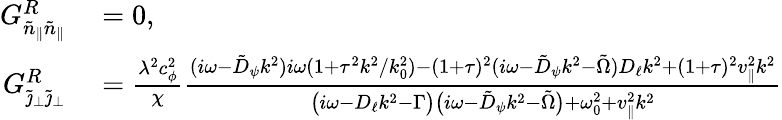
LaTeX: \begin{array}{rl}{G_{\tilde{n}_{\| }\tilde{n}_{\| }}^{R}}&{{}=0,}\\ {G_{\tilde{\jmath}_{\perp}\tilde{\jmath}_{\perp}}^{R}}&{{}=\frac{\lambda^{2}c_{\phi}^{2}}{\chi}\frac{(i\omega-\tilde{D}_{\psi}k^{2})i\omega(1+\tau^{2}k^{2}/k_{0}^{2})-(1+\tau)^{2}(i\omega-\tilde{D}_{\psi}k^{2}-\tilde{\Omega})D_{\ell}k^{2}+(1+\tau)^{2}v_{\| }^{2}k^{2}}{\big(i\omega-D_{\ell}k^{2}-\Gamma\big)\big(i\omega-\tilde{D}_{\psi}k^{2}-\tilde{\Omega}\big)+\omega_{0}^{2}+v_{\| }^{2}k^{2}}}\end{array}